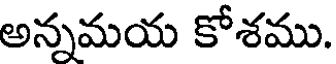
అన్నమయ కోశము.